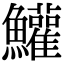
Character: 鱹